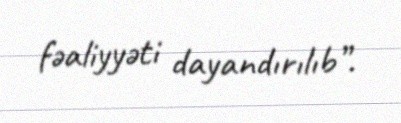
fəaliyyəti dayandırılıb”.